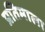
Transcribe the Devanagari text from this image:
प्रतिमाला